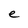
Character: e